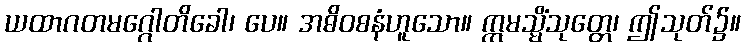
ယထာဂတမဂ္ဂေါတိခေါ၊ ပေ။ အဓိဝစနံဟူသော။ ဣမသ္မိံသုတ္တေ၊ ဤသုတ်၌။